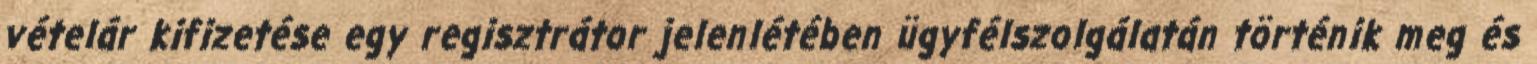
vételár kifizetése egy regisztrátor jelenlétében ügyfélszolgálatán történik meg és